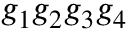
g _ { 1 } g _ { 2 } g _ { 3 } g _ { 4 }